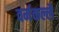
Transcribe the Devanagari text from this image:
वर्मकल्लै